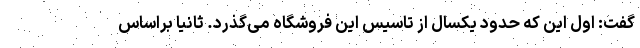
گفت: اول این که حدود یکسال از تاسیس این فروشگاه می‌گذرد. ثانیا براساس